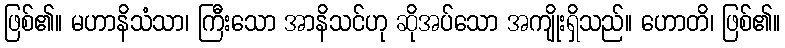
ဖြစ်၏။ မဟာနိသံသာ၊ ကြီးသော အာနိသင်ဟု ဆိုအပ်သော အကျိုးရှိသည်။ ဟောတိ၊ ဖြစ်၏။